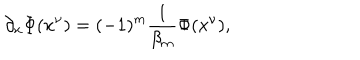
\partial _ { x } \Phi ( x ^ { \nu } ) = ( - 1 ) ^ { m } \frac { 1 } { \beta _ { m } } \Phi ( x ^ { \nu } ) ,